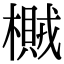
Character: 𣛸